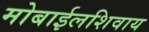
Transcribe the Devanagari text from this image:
मोबाईलशिवाय